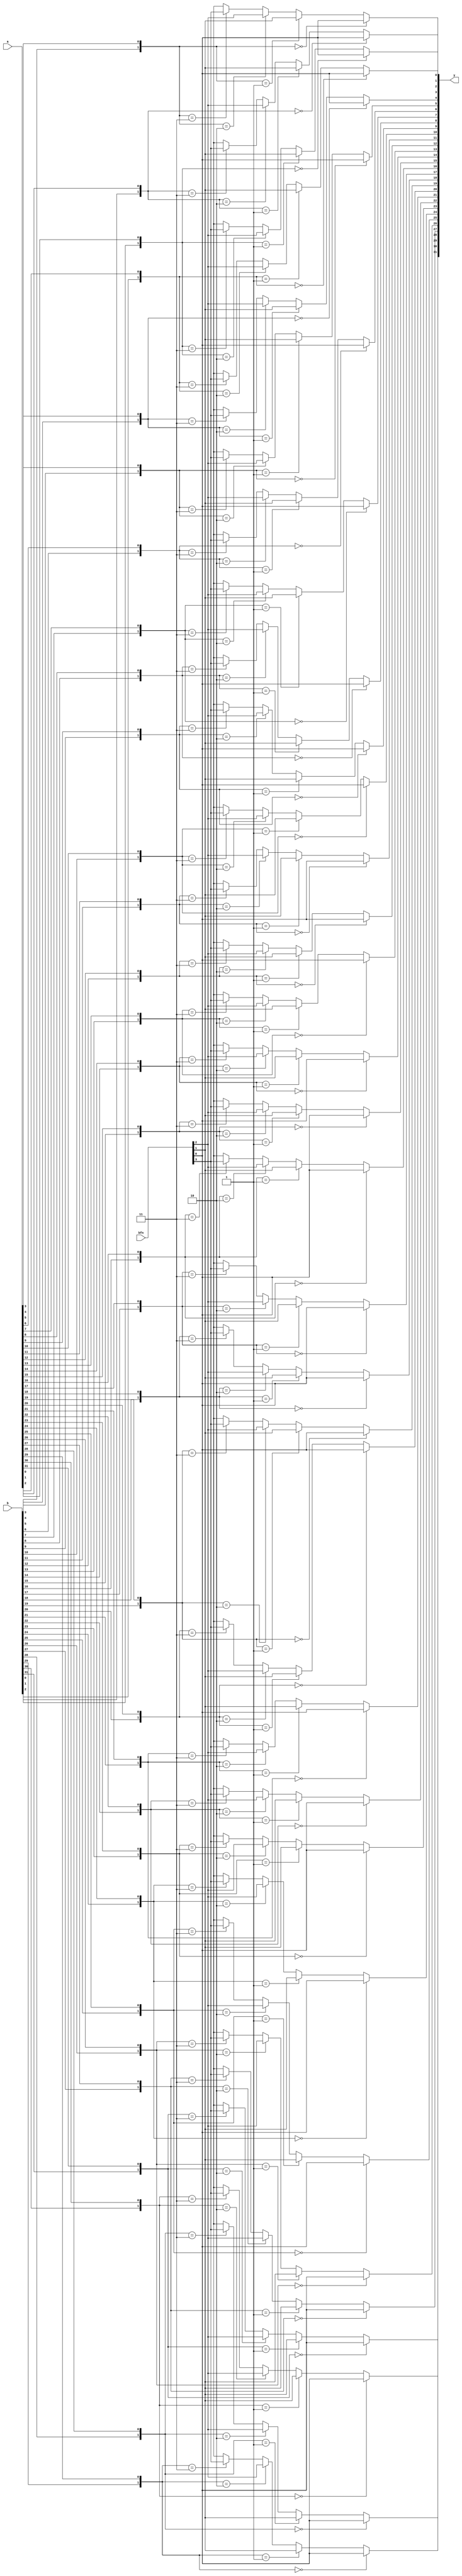
module alu_bool (
    input      [31:0] a,
    input      [31:0] b,
    input       [3:0] bfn,

    output     [31:0] y
);

function mux4;
    input [3:0] a;
    input [1:0] sel;
    begin
        if (sel == 2'b00) mux4 = a[0];
        else if (sel == 2'b01) mux4 = a[1];
        else if (sel == 2'b10) mux4 = a[2];
        else if (sel == 2'b11) mux4 = a[3];
    end
endfunction

generate
    genvar i;
    for (i=0; i<32; i=i+1) begin: loop_gen_block
        assign y[i] = mux4(bfn, {b[i], a[i]});
    end
endgenerate

endmodule